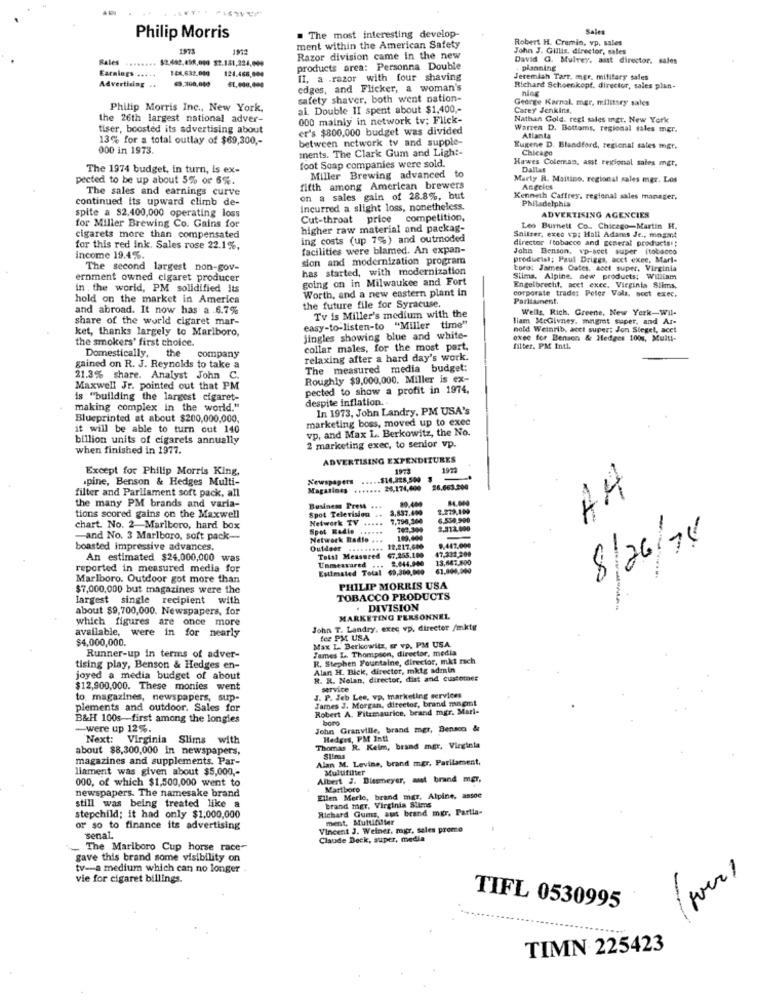
Sales
Philip Morris
. The most interesting develop-
Robert H. Cremin, vp. sales
1975
197
ment within the American Safety
John J. Gillis, director, sales
Rales
.. $2.442.458,000 $2.181,224,009
Razor division came in the new
David G. Mulvey, asst director. sales
Earnings .....
144,632.000
121.466,000
products area: Personna Double
planning
II, a .razor with four shaving
Jeremiah Tarr, mgr. military sades
Advertising ..
edges, and Flicker, a woman's
Richard Schoenkopf, director, sales plan-
ning
safety shaver, both went nation-
George Karnal. mar, military sales
Philip Morris Inc ., New York,
al. Double 1I spent about $1,400 ,-
Carey Jenkins,
the 26th largest national adver-
000 mainly in network tv; Flick-
Nathan Gold. regl sales mgr. New York
tiser, boosted its advertising about
er's $800,000 budget was divided
Warren D. Bottoms, regional fales mer.
13% for a total outlay of $69,300 ,-
between network tv and supple-
Atlanta
000 in 1973.
ments. The Clark Gum and Light-
Eugene D. Blandford, regional sales mgr.
Chicago
Hawes Coleman, asst rextional sales mgr.
The 1974 budget, in turn, is ex-
foot Soap companies were sold.
Dallas
pected to be up about 5% or 6%.
Miller Brewing advanced to
Marty R. Maitino, regional sales mgr. Los
The sales and earnings curve
fifth among American brewers
Angeles
continued its upward climb de-
on a sales gain of 28.8%, but
Kenneth Caffrey, regional sales manager,
Philadelphia
Incurred a slight loss, nonetheless.
spite a $2,400,000 operating loss
Cut-throat price competition,
ADVERTISING AGENCIES
for Miller Brewing Co. Gains for
higher raw material and packag-
Leo Burnett Co .. Chicago-Martin H.
cigarets more than compensated
ing costs (up 7%) and outroded
Sailzer, exec vp: Hall Adams Je ., megmit
director (tobacco and general products;
for this red ink. Sales rose 22.1%,
facilities were blamed. An expan-
John Benson, vp-seet super (tobacco
Income 19.4%.
sion and modernization program
productsl; Paul Driggs, acct exee, Mari-
The second largest non-gov-
has started, with modernization
Loro: James Outes. acet super, Virginia
ernment owned cigaret producer
going on in Milwaukee and Fort
Stima. Alpine. new products: William
in , the world, PM solidified its
Worth, and a new eastern plant in
Engelbrecht, acet exce. Virginia Slims,
corporate trade: Peter Vols, scot exec.
hold on the market in America
Parliament.
and abroad. It now has a 6.7%
the future file for Syracuse.
Wells, Rich. Greene, New York-wil-
share of the world cigaret mar-
Tv is Miller's medium with the
liam McGivney, mngmt super, and Ar-
ket, thanks largely to Marlboro,
easy-to-listen-to "Miller time"
nold Weinrib, acet supert Jon Steget, acet
the smokers' first choice.
jingles showing blue and white-
exee for Benson & Hedges 100s, Multi-
Domestically,
the
company
collar males, for the most part,
filter. PM Intl
relaxing after a hard day's work.
gained on R. J. Reynolds to take a
The measured media budget:
21.3% share. Analyst John C.
Roughly $9,000,000. Miller is ex-
Maxwell Jr. pointed out that PM
pected to show a profit in 1974.
is "building the largest cigaret-
despite inflation.
making complex in the world."
In 1973, John Landry, PM USA's
Blueprinted at about $200,000,000,
marketing boss, moved up to exec
it will be able to turn out 140
vp, and Max L. Berkowitz, the No.
billion units of cigarets annually
2 marketing exec, to senior vp.
when finished in 1977.
ADVERTISING EXPENDITURES
Except for Philip Morris King,
1972
.pine, Benson & Hedges Multi-
Newspapers ...
.516,328,500 #
A4
filter and Parliament soft pack, all
Magazines *****
28,174,600 26,663.200
the many PM brands and varia-
89.400
Business Prett ...
Spot Television .+
3,837.499
tions scored gains on the Maxwell
Netwerk TV
.....
7,798,360
6.554 990
chart. No. 2-Marlboro, hard box
Spot Kadie ...
742.300
2.912,000
-and No. 3 Marlboro, soft pack-
Network Radie
9.442.000
8/26/75
boasted impressive advances,
Outdeer
12,217,600
67,255,100
17.332,209
An estimated $24,000,000 was
Unmesvared
Total Measured
2.044.900
13,647,800
reported in measured media for
Estimated Total $9,300,000
61.804,000
Marlboro. Outdoor got more than
$7,000,000 but magazines were the
PHILIP MORRIS USA
-
largest single recipient with
TOBACCO PRODUCTS
about $9,700,000. Newspapers, for
. DIVISION
which figures are once more
MARKETING PERSONNEL
available, were in for nearly
John T. Landry. exec vp. director /mktg
$4,000,000.
Max L. Berkowitz, or vo. PM USA
ter PM USA
James L. Thompson, director, media
Runner-up in terms of adver-
R. Stephen Fountaine, director, mkt rach
tising play, Benson & Hedges en-
Alan H. Bick, director, mktg admin
joyed a media budget of about
R. R. Nolan, director, dist and customer
$12,900,000. These monies went
service
to magazines, newspapers, sup-
J. P. Jeb Lee, vp. marketing services
James J. Morgan, director, brand magml
plements and outdoor. Sales for
Robert A. Fitzmaurice, brand mgr. Mari-
B&H 100s-first among the longies
boro
-were up 12%.
John Granville, brand mgr, Benson &
Next:
Virginia Slims with
Hedges, PM Inti
about $8,300,000 In newspapers,
Thomas R. Keim, brand mgr, Virginia
magazines and supplements. Par-
Alan M. Levine, brand mgr, Parilament,
Slims
liament was given about $5,000 ,-
Multifilter
000, of which $1,500,000 went to
Albert J. Disseyer, must brand mer,
newspapers. The namesake brand
Mattboro
Ellen Merle, brand mar, Alpine, assoe
still was being treated like a
Richard Gums, aut brand mgr. Partia-
brand mgr, Virginia Slims
stepchild; it had only $1,000,000
ment, Mutuifiller
or so to finance its advertising
Vincent J. Weiner, mgr, sales promo
senal.
Claude Beck, super, media
The Marlboro Cup horse race-
gave this brand some visibility on
tv-a medium which can no longer
vie for cigaret billings.
TIFL 0530995
TIMN 225423